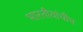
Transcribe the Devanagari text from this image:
भारतीयांचीच